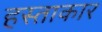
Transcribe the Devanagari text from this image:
हस्ताकार